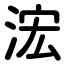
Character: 浤